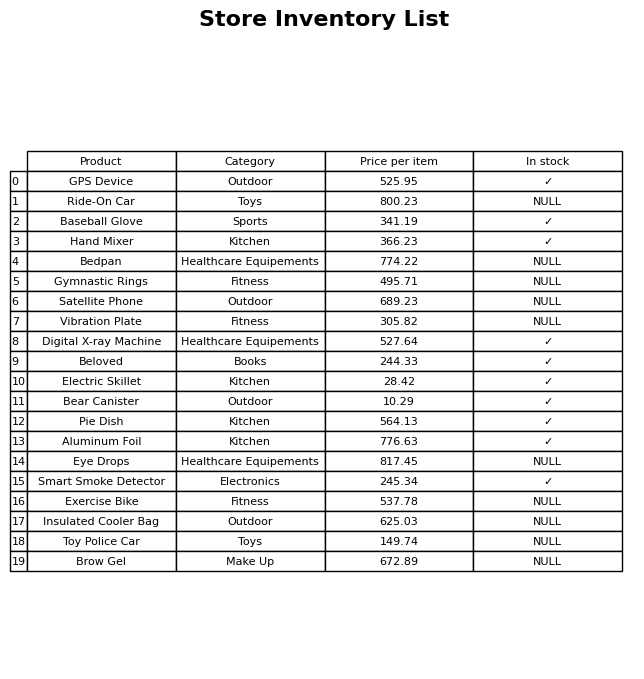
question: What is the price of the Hand Mixer?
answer: The price of Hand Mixer is 366.23.